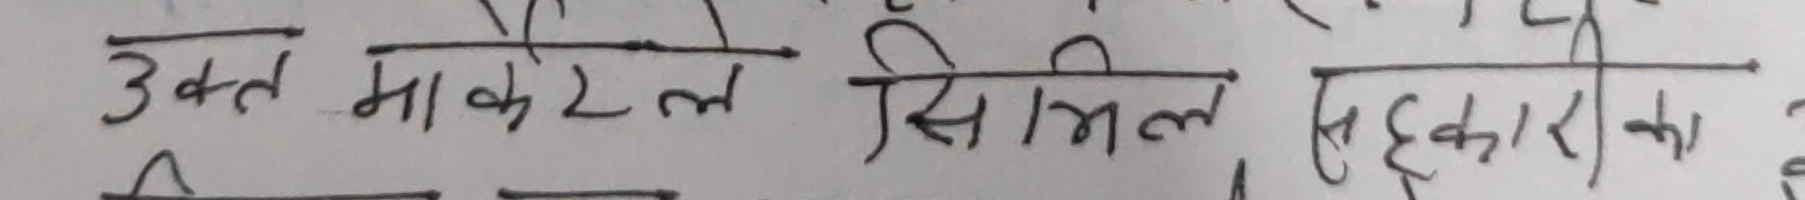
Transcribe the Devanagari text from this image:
उक्त माकेटेल सिमिल सहकारीको